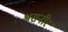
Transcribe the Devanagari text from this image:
श्वसनीर